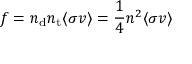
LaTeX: f = n _ { \mathrm { d } } n _ { \mathrm { t } } \langle \sigma v \rangle = { \frac { 1 } { 4 } } n ^ { 2 } \langle \sigma v \rangle